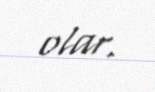
olar.